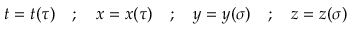
t = t ( \tau ) \quad ; \quad x = x ( \tau ) \quad ; \quad y = y ( \sigma ) \quad ; \quad z = z ( \sigma )